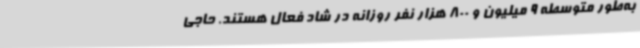
به‌طور متوسطه 9 میلیون و 800 هزار نفر روزانه در شاد فعال هستند. حاجی